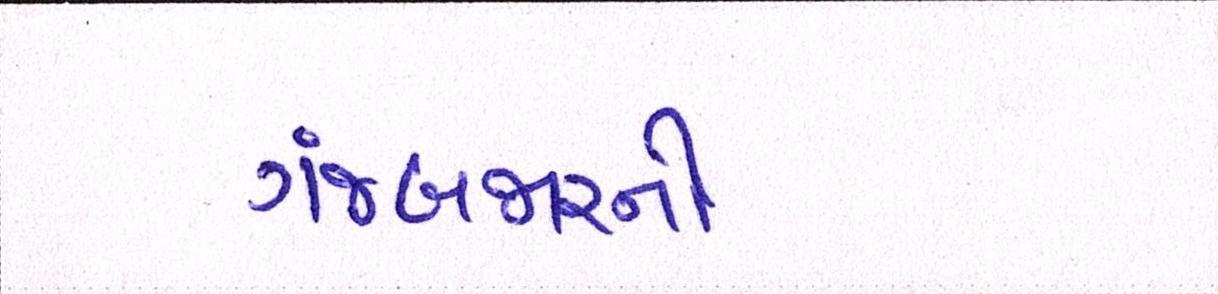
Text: ગંજબજારનો